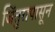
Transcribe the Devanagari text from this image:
जिंतुरापासून